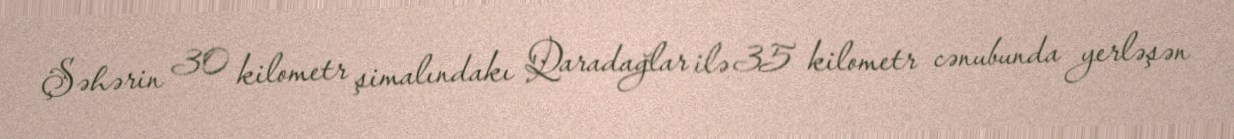
Şəhərin 30 kilometr şimalındakı Qaradağlar ilə 35 kilometr cənubunda yerləşən